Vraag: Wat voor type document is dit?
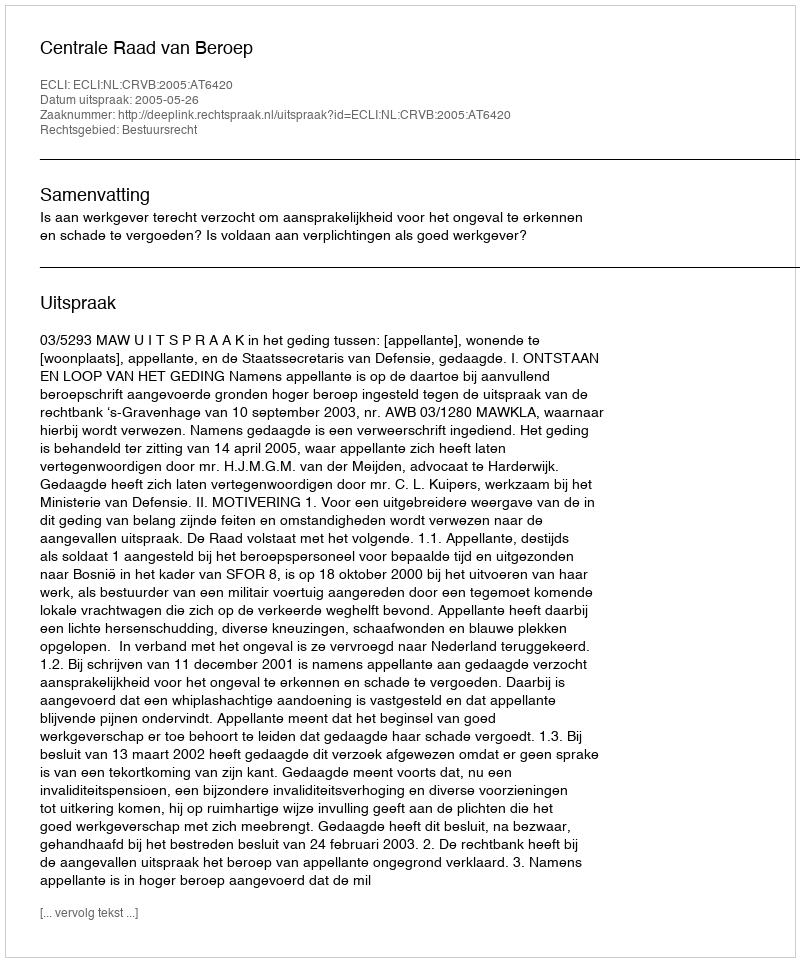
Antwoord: Uitspraak